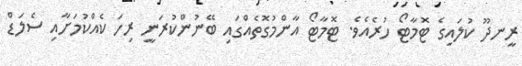
ރީނދޫ ކުލައިގެ ޓޮމާޓޯ ހުރެއެވެ. ޓޮމާޓޯ އާންމުގޮތެއްގައި ބޭނުންކުރަނީ ރިހަ ކެއްކުމަށާއި ސެލަޑް